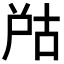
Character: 𡱨